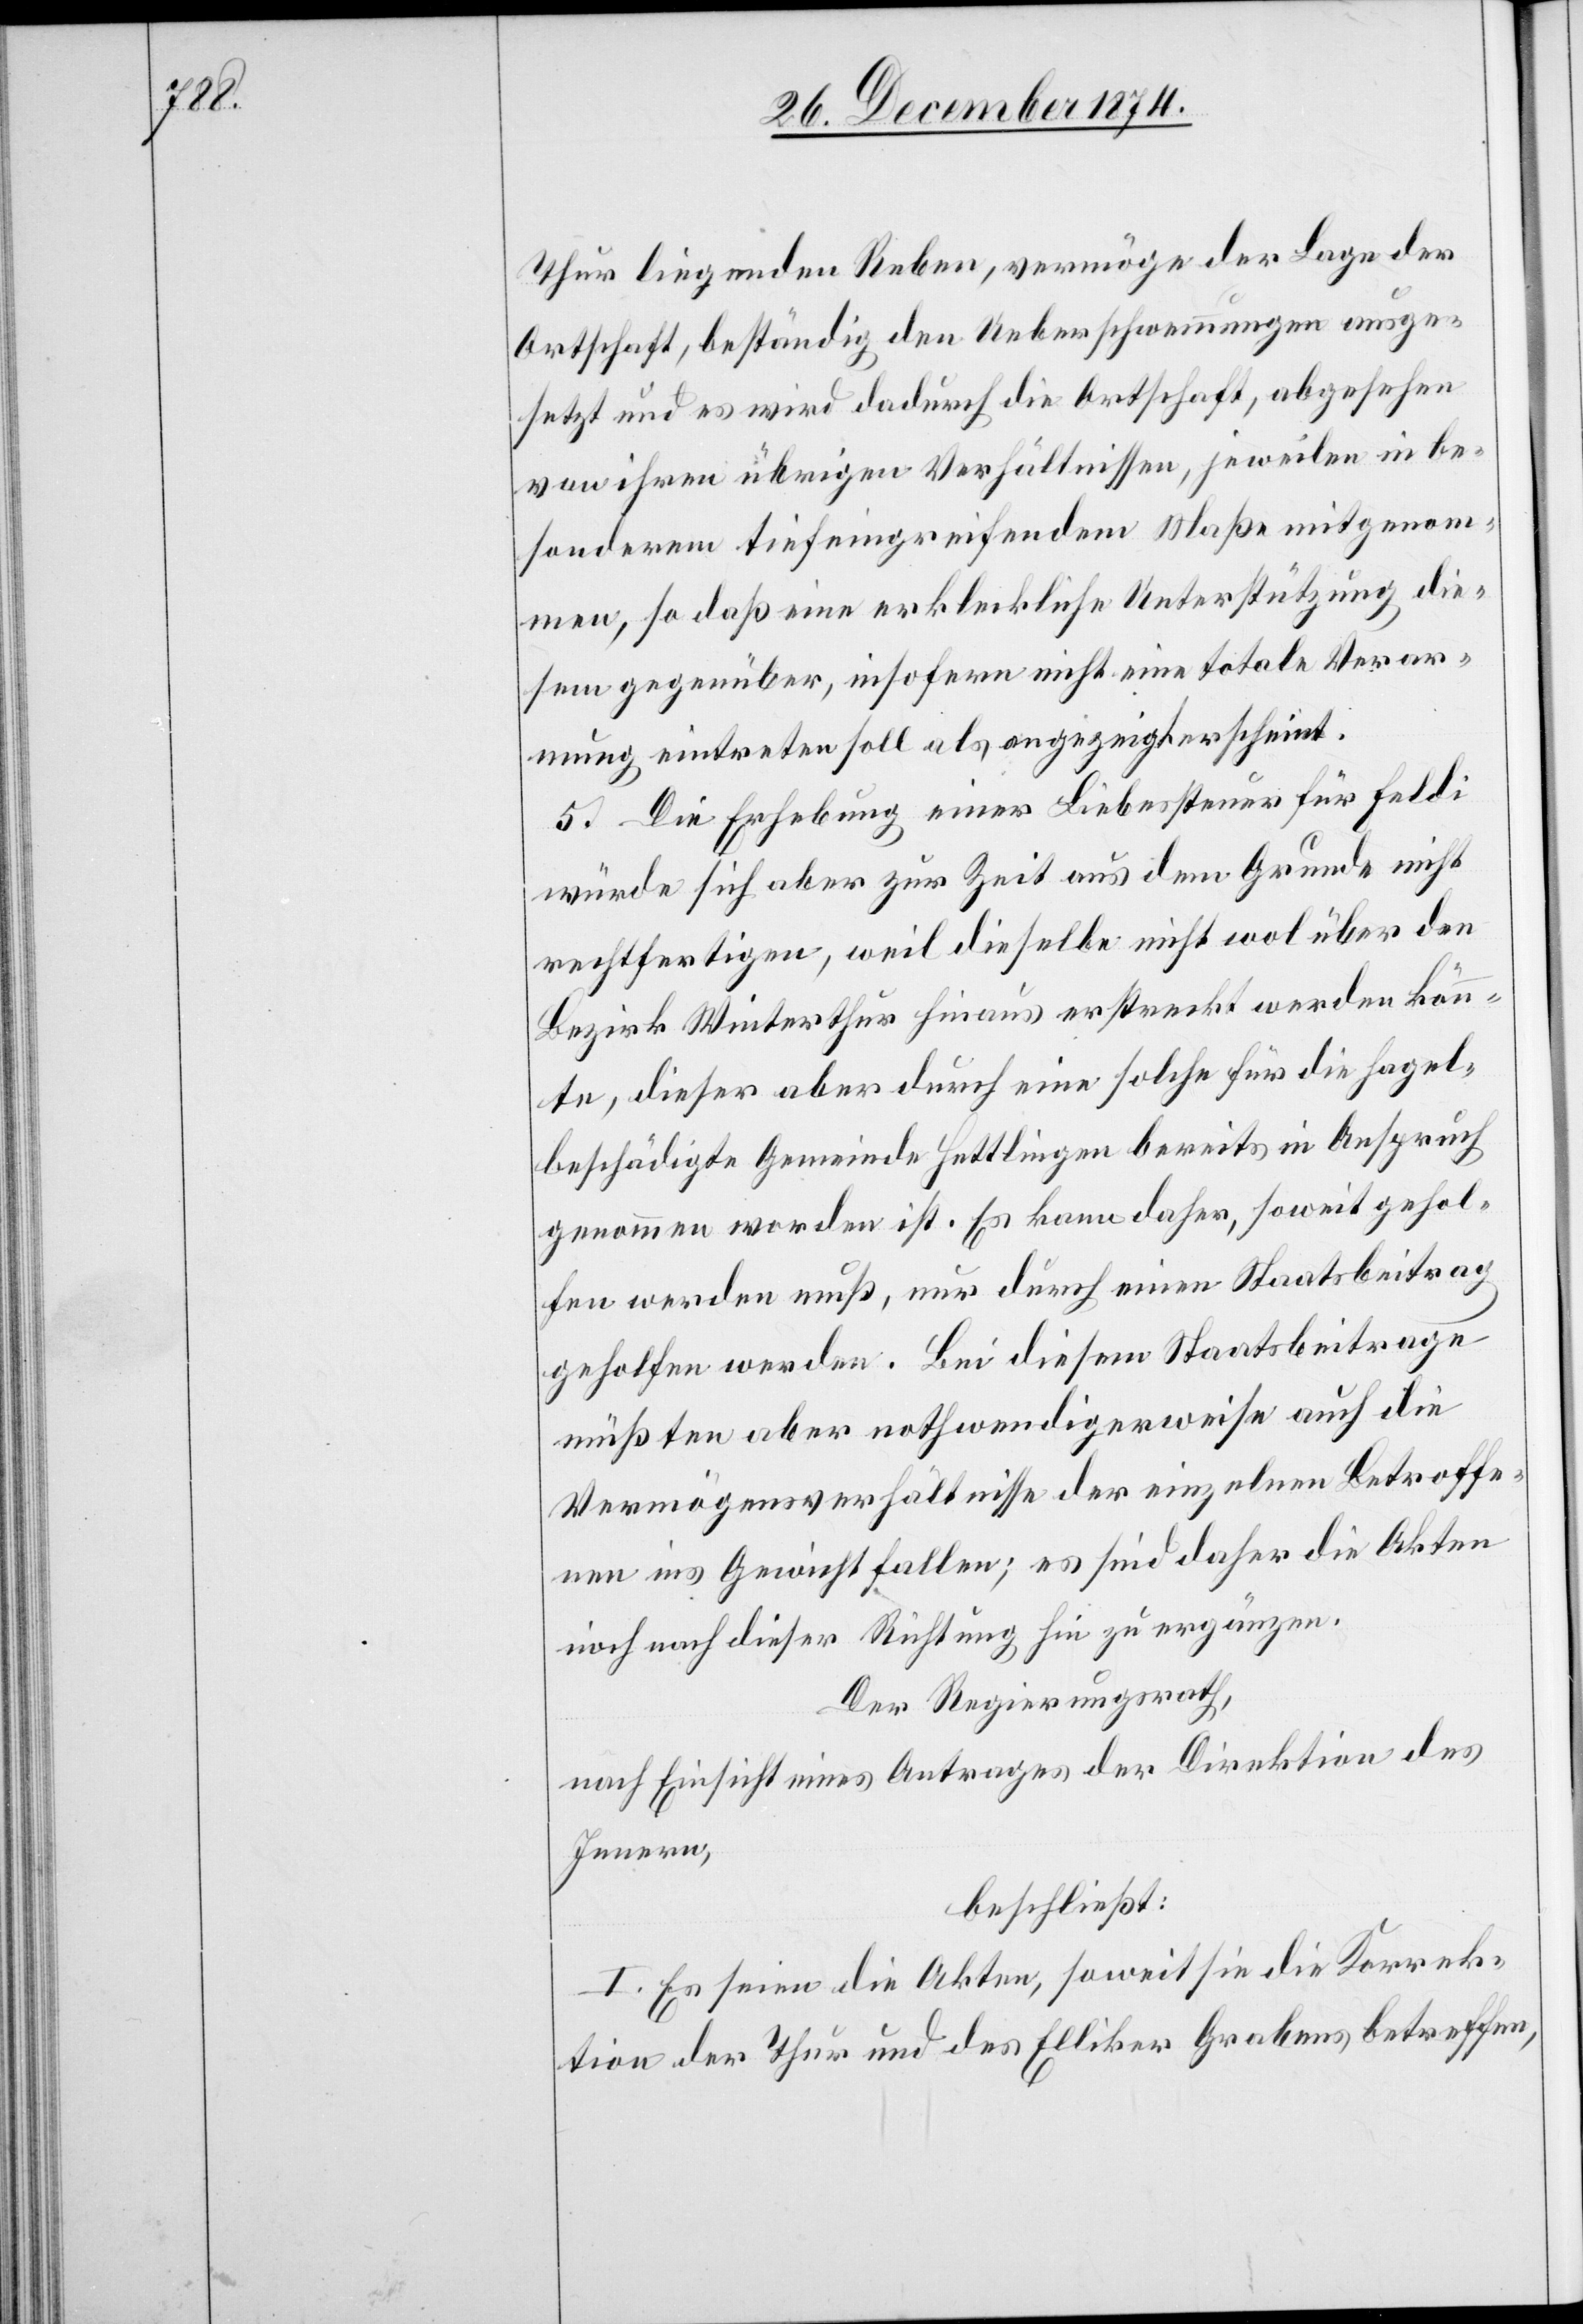
Thur liegenden Reben, vermöge der Lage der
Ortschaft, beständig den Ueberschwemmungen ausge¬
setzt und es wird dadurch die Ortschaft, abgesehen
von ihren übrigen Verhältnissen, jeweilen in be¬
sonderem tiefeingreifendem Maße mitgenom¬
men, so daß eine erkleckliche Unterstützung die¬
sem gegenüber, insofern nicht eine totale Verar¬
mung eintreten soll als angezeigt erscheint.
5. Die Erhebung einer Liebessteuer für Feldi
würde sich aber zur Zeit aus dem Grunde nicht
rechtfertigen, weil dieselbe nicht wol über den
Bezirk Winterthur hinaus erstreckt werden könn¬
e, dieser aber durch eine solche für die hagel¬
beschädigte Gemeinde Hottlingen bereits in Anspruch
genommen worden ist. Es kann daher, soweit gehol¬
fen werden muß, nur durch einen Staatsbeitrag
geholfen werden. Bei diesem Staatsbeitrage
müßten aber nothwendigerweise auch die
Vermögensverhältnisse der einzelnen Betroffe¬
nen ins Gewicht fallen; es sind daher die Akten
noch nach dieser Richtung hin zu ergänzen.
Der Regierungsrath,
nach Einsicht eines Antrages der Direktion des
Innern,
beschließt:
I. Es seien die Akten, soweit sie die Korrek¬
tion der Thur und des Elliker Grabens betreffen,